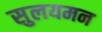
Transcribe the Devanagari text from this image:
सुलयमन